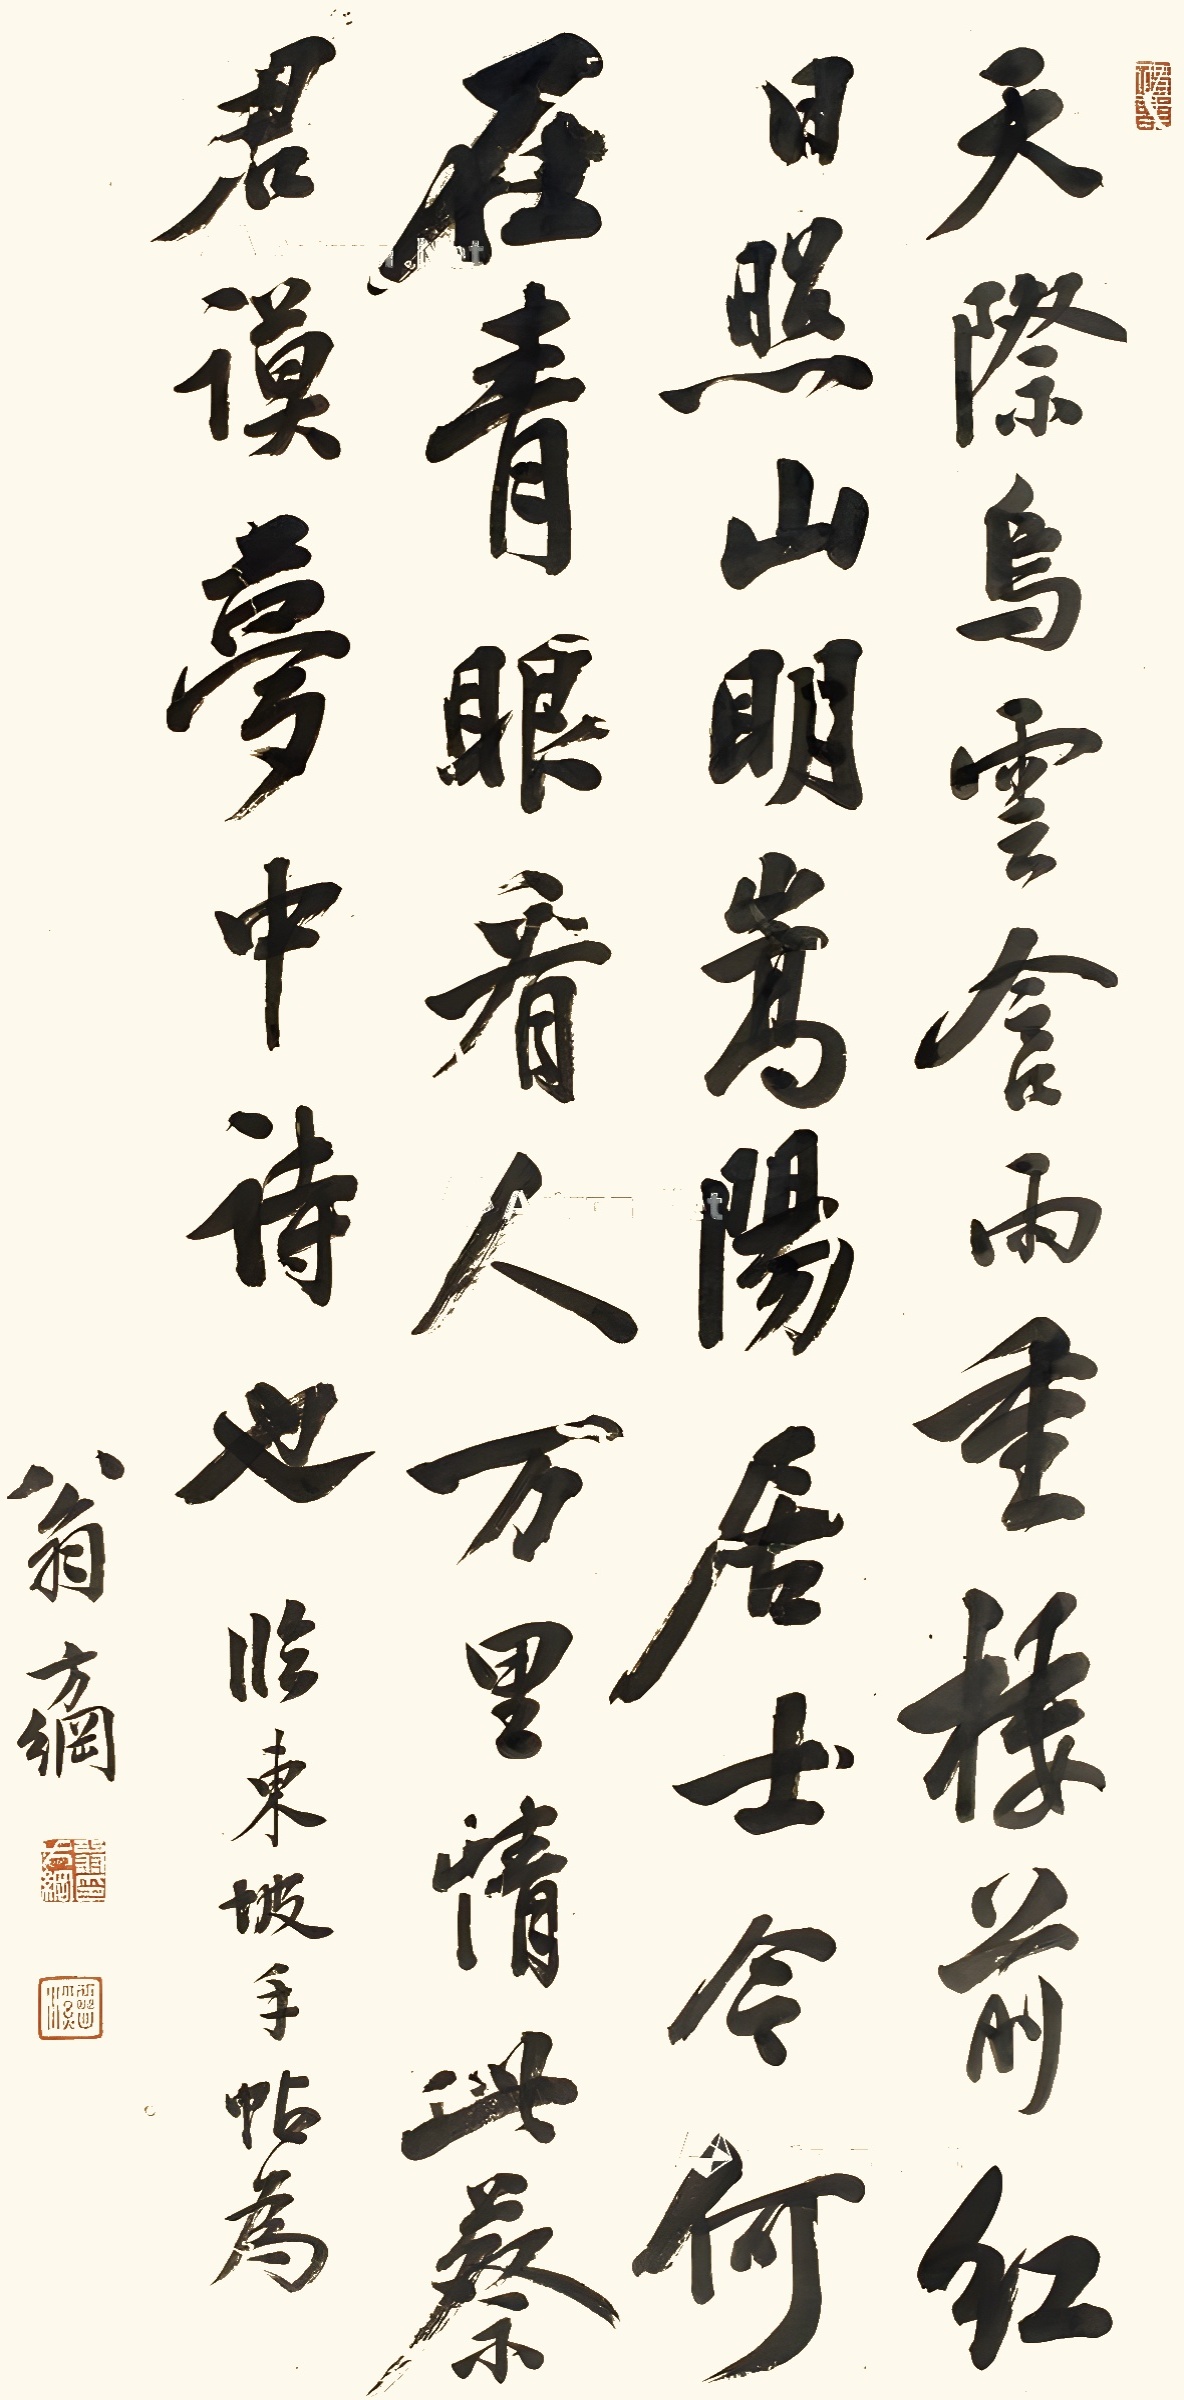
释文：天际乌云含雨重，楼前红日照天明。嵩阳居士今何在，青眼看人万里情。此蔡君谟梦中诗也。临东坡手帖为，翁方纲。